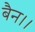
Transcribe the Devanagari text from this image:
बैन।।